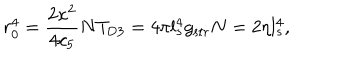
r _ { 0 } ^ { 4 } = \frac { 2 \kappa ^ { 2 } } { 4 c _ { 5 } } N T _ { \mathrm { D 3 } } = 4 \pi l _ { s } ^ { 4 } g _ { \mathrm { s t r } } N = 2 \eta l _ { s } ^ { 4 } ,